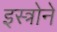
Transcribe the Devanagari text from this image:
इस्त्रोने